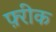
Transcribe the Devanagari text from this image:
फ़्रीक